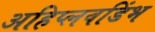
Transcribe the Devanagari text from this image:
अहिप्लवडिंभ